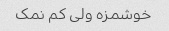
خوشمزه ولی کم نمک